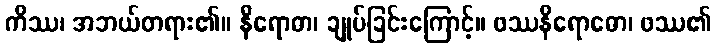
ကိဿ၊ အဘယ်တရား၏။ နိရောဓာ၊ ချုပ်ခြင်းကြောင့်။ ဖဿနိရောဓော၊ ဖဿ၏